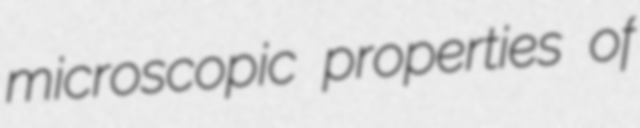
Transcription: microscopic properties of